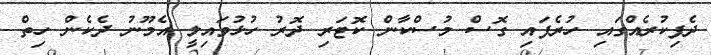
ދެފިކުރެއްގައި ހުރެފައި ގޮސް މުސްކާން ކޮޓަރި ދޮރު ހުޅުވައިލީ އެމޫނު ދެކެން ހިތް